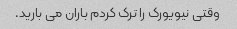
وقتی نیویورک را ترک کردم باران می بارید.